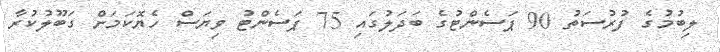
ލިބުމުގެ ފުރުސަތު 90 ޕަސެންޓުގެ ބަދަލުގައި 75 ޕަސެންޓު ވިޔަސް ހެޔޮކަމަށް ގަބޫލުކުރާ